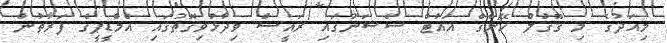
މިއަދުގެ މި ގޫގުލް ހޭންގް އައުޓް ސެޝަނުގައި ރައީސް ވިދާޅުވިގޮތުގައި އެމްޑީޕީގެ ފަރާތުން